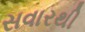
સવારથી